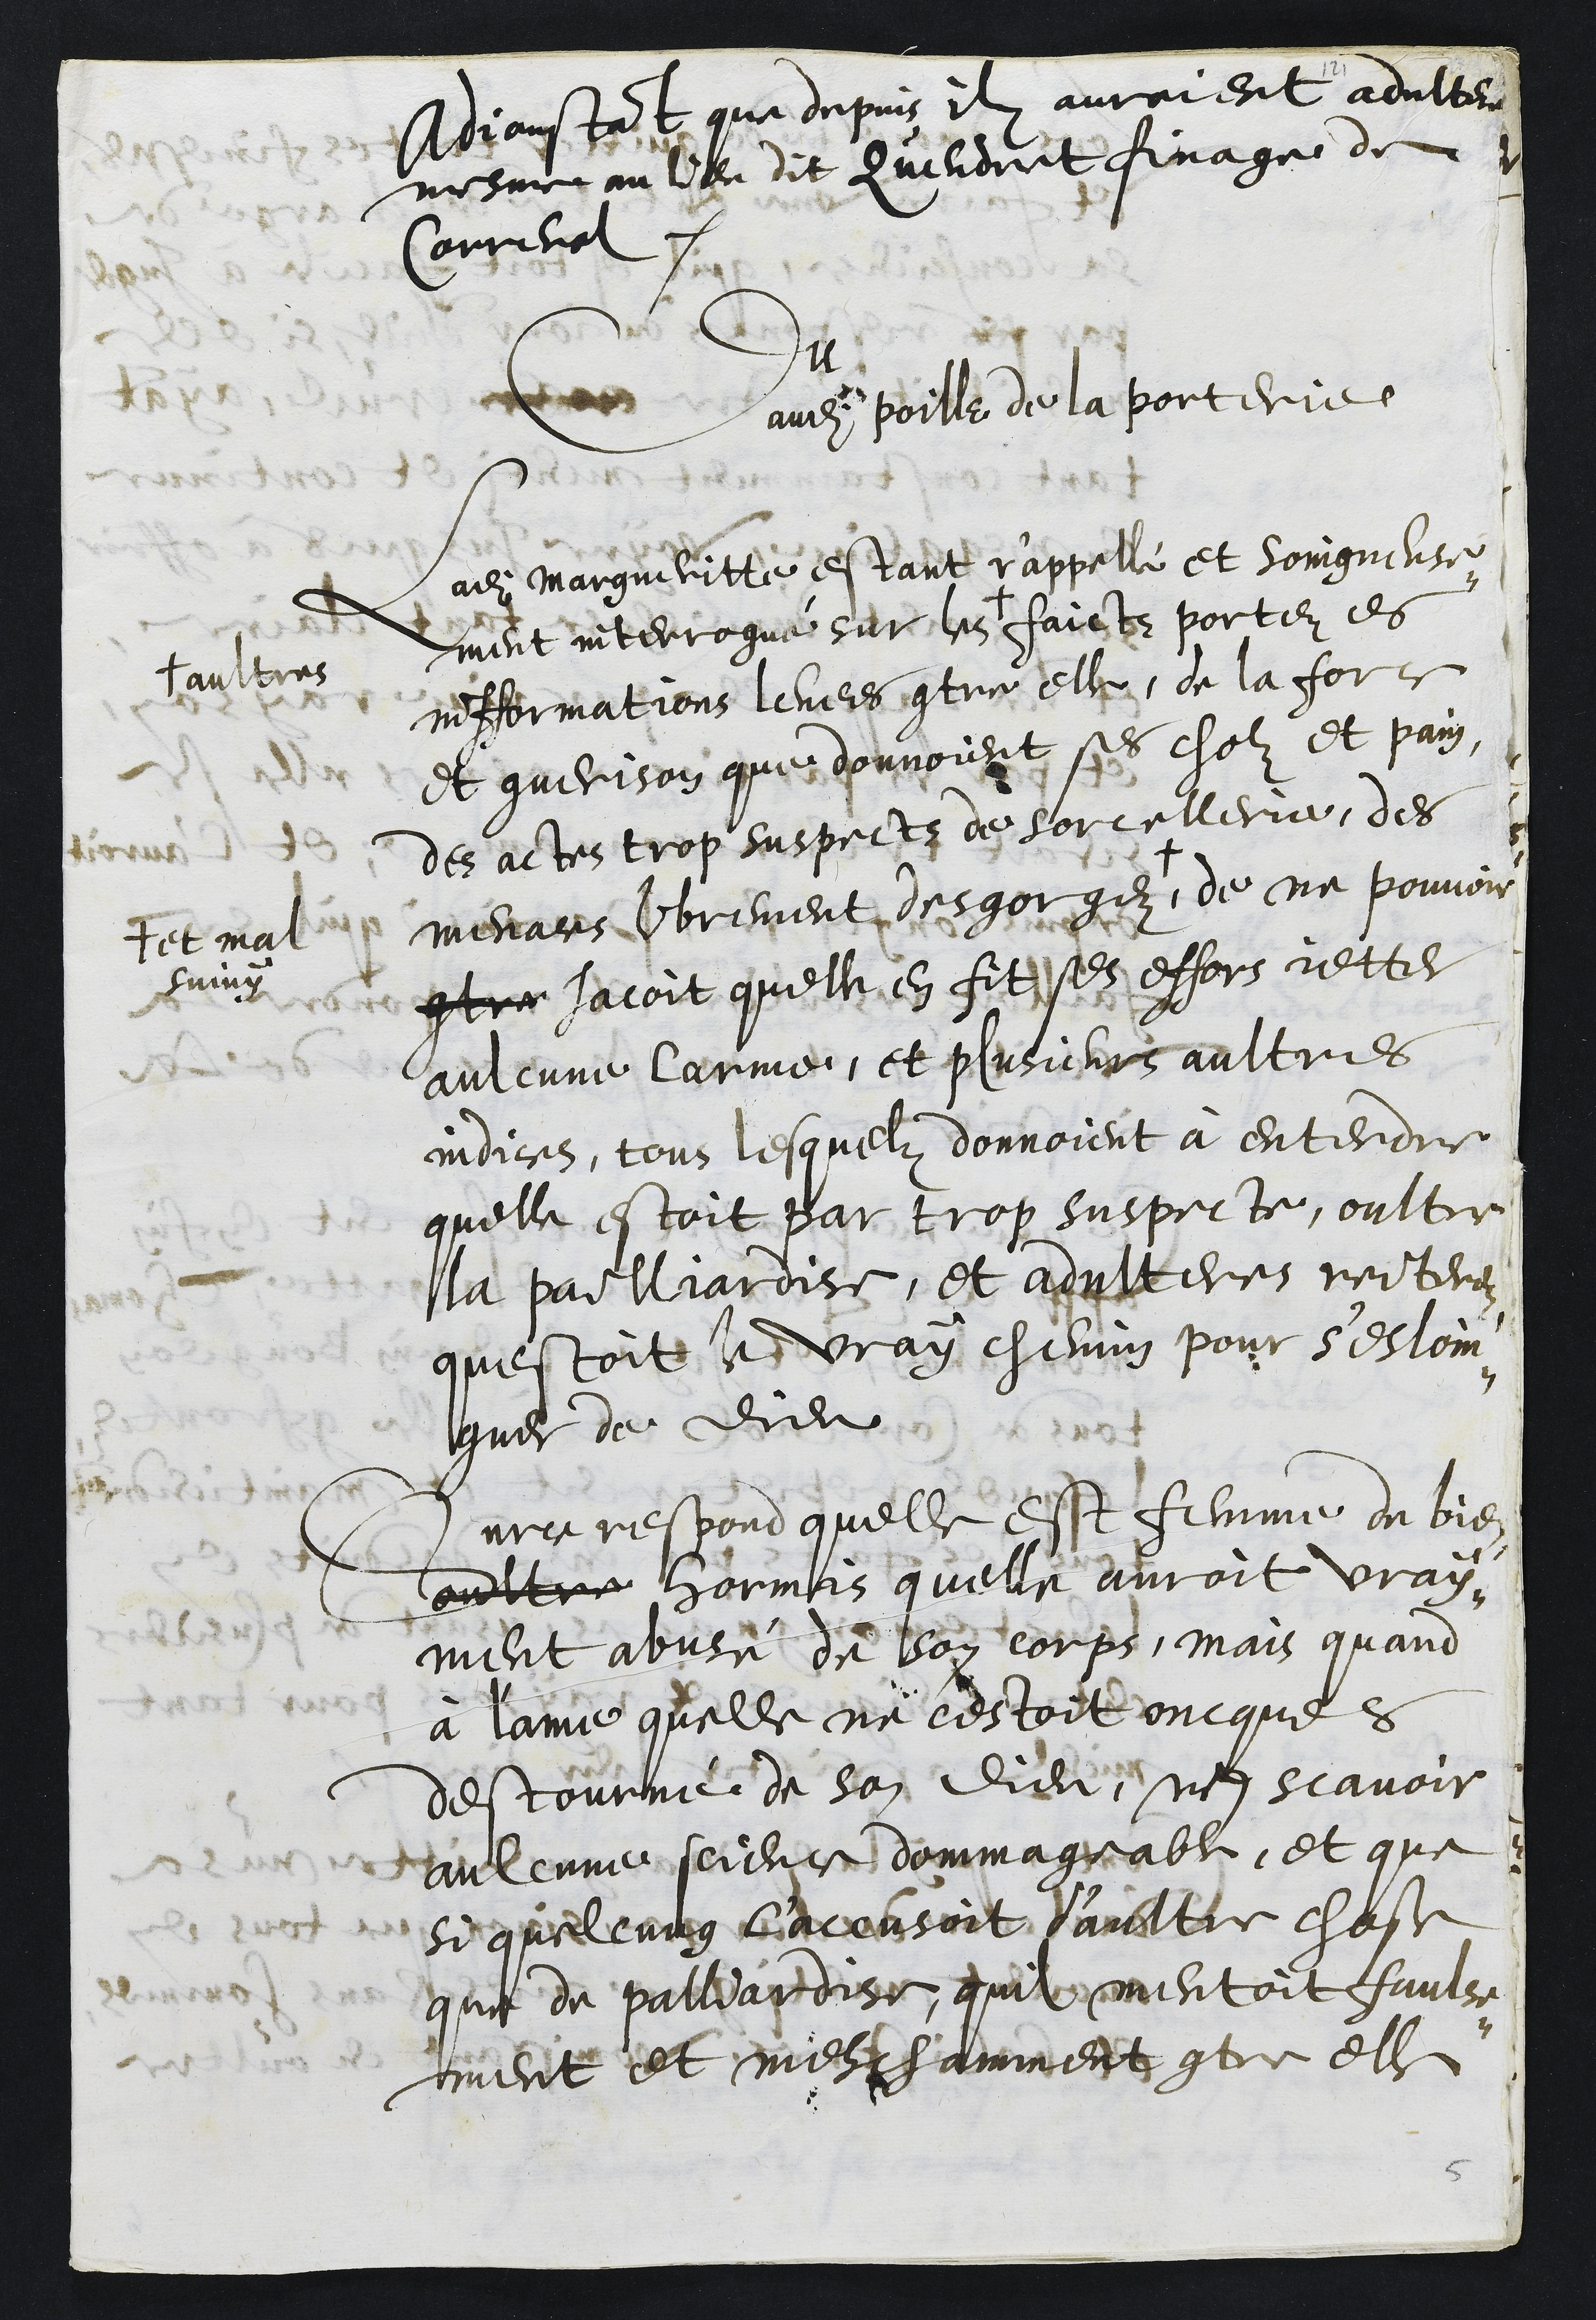
Adjoustant que depuis ilz auroient adultere
mesme au lieu dit Queudret finage de
Correnol.
Du
audit poille de la porterie
Ladite Margueritte estant r'appellé et soingneuse¬
ment interrogué sur les
aultres
faicts portez es
infformations levees contre elle, de la force
et guerison que donnoient ses cholz et pain,
des actes trop suspectz de sorcellerie, des
menaces librement desgorgez,
+ et mal
suivy
de ne pouvoir
contre jacoit quelle en fit ses effors jetter
aulcune larme, et plusieurs aultres
indices, tous lesquelz donnoient à entendre
quelle estoit par trop suspecte, oultre
la pailliardise, et adulteres reiterez
questoit le vray chemin pour s'esloin¬
gner de Dieu
Surce respond quelle est femme de bien
oultre hormis quelle auroit vray¬
ment abuse de son corps, mais quand
à l'ame quelle ne cestoit oncques
destourné de son dieu, nen scavoir
aulcune science dommagable, et que
si quelcung l'accusoit d'aultre chose
que de palliardise, quil mentoit faulse¬
ment et meschamment contre elle

5